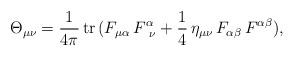
LaTeX: \begin{align*}\Theta_{\mu\nu} = {1\over 4\pi} \,{\rm tr}\,(F_{\mu\alpha}\,F^\alpha_{{\hskip1.5mm}\nu} +{1\over 4}\,\eta_{\mu\nu}\,F_{\alpha\beta}\,F^{\alpha\beta}), \end{align*}